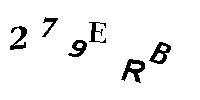
279ERB